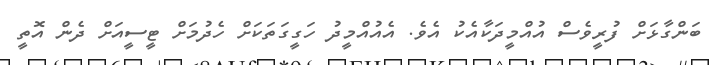
ބަންގާޅަށް ފުރީވެސް އުއްމީދަކާއެކު އެވެ. އެއުއްމީދު ހަގީގަތަކަށް ހެދުމަށް ޓީސީއަށް ދެން އޮތީ